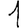
Digit: 1